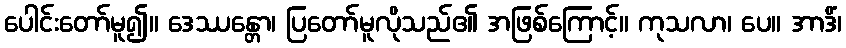
ပေါင်းတော်မူ၍။ ဒေဿန္တော၊ ပြတော်မူလိုသည်၏ အဖြစ်ကြောင့်။ ကုသလာ၊ ပေ။ အာဒိံ၊